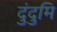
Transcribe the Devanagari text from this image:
दुंदुमि